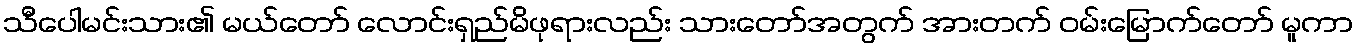
သီပေါမင်းသား၏ မယ်တော် လောင်းရှည်မိဖုရားလည်း သားတော်အတွက် အားတက် ဝမ်းမြောက်တော် မူကာ